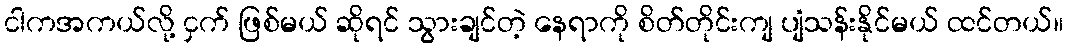
ငါကအကယ်လို့ ငှက် ဖြစ်မယ် ဆိုရင် သွားချင်တဲ့ နေရာကို စိတ်တိုင်းကျ ပျံသန်းနိုင်မယ် ထင်တယ်။